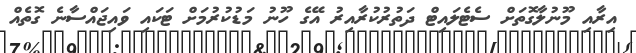
އިރާއި މޫނުލާގޮތަށް ސެޓެލައިޓް ދަތުރުކުރާއިރު އޭގެ ހޫނު މަޑުކުރުމަށް ޓަކައި ވައިޖައްސާނެ ގޮތެއް